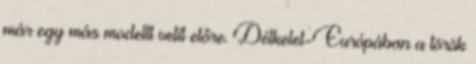
már egy más modellt vetít előre. Délkelet-Európában a török